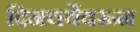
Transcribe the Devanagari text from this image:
दिनचर्येवरून